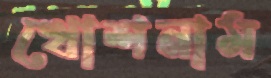
খোশনাম